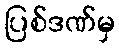
ပြစ်ဒဏ်မှ